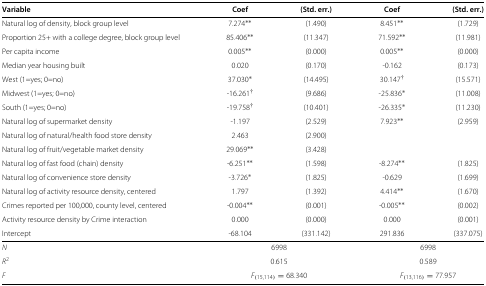
| Variable | Coef | (Std. err.) | Coef | (Std. err.) |
 | --- | --- | --- | --- | --- |
 | Natural log of density, block group level | 7.274∗∗ | (1.490) | 8.451∗∗ | (1.729) |
 | Proportion 25+ with a college degree, block group level | 85.406∗∗ | (11.347) | 71.592∗∗ | (11.981) |
 | Per capita income | 0.005∗∗ | (0.000) | 0.005∗∗ | (0.000) |
 | Median year housing built | 0.020 | (0.170) | -0.162 | (0.173) |
 | West (1=yes; 0=no) | 37.030∗ | (14.495) | 30.147‡ | (15.571) |
 | Midwest (1=yes; 0=no) | - 16.261‡ | (9.686) | - 25.836∗ | (11.008) |
 | South (1=yes; 0=no) | - 19.758‡ | (10.401) | - 26.335∗ | (11.230) |
 | Natural log of supermarket density | -1.197 | (2.529) | 7.923∗∗ | (2.959) |
 | Natural log of natural/health food store density | 2.463 | (2.900) |  |  |
 | Natural log of fruit/vegetable market density | 29.069∗∗ | (3.428) |  |  |
 | Natural log of fast food (chain) density | - 6.251∗∗ | (1.598) | - 8.274∗∗ | (1.825) |
 | Natural log of convenience store density | - 3.726∗ | (1.825) | -0.629 | (1.699) |
 | Natural log of activity resource density, centered | 1.797 | (1.392) | 4.414∗∗ | (1.670) |
 | Crimes reported per 100,000, county level, centered | - 0.004∗∗ | (0.001) | - 0.005∗∗ | (0.002) |
 | Activity resource density by Crime interaction | 0.000 | (0.000) | 0.000 | (0.001) |
 | Intercept | -68.104 | (331.142) | 291.836 | (337.075) |
 | N | <COLSPAN=2> 6998 | <COLSPAN=2> 6998 |
 | R2 | <COLSPAN=2> 0.615 | <COLSPAN=2> 0.589 |
 | F | <COLSPAN=2> F(15,114) = 68.340 | <COLSPAN=2> F(13,116) = 77.957 |